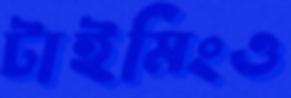
টাইমিংও